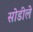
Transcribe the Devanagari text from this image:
सोडीले